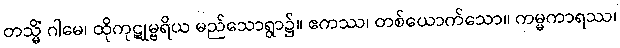
တသ္မိံ ဂါမေ၊ ထိုကုဋုမ္ဗရိယ မည်သောရွာ၌။ ဧကဿ၊ တစ်ယောက်သော။ ကမ္မကာရဿ၊